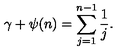
\gamma + \psi ( n ) = \sum _ { j = 1 } ^ { n - 1 } \frac { 1 } { j } .